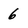
Character: 6